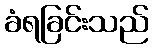
ခံရခြင်းသည်